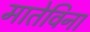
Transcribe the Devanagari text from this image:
मातेविना